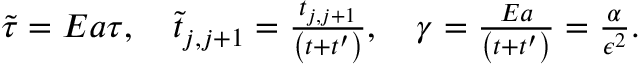
\begin{array} { r } { \tilde { \tau } = E a \tau , \quad \tilde { t } _ { j , j + 1 } = \frac { t _ { j , j + 1 } } { \left( t + t ^ { \prime } \right) } , \quad \gamma = \frac { E a } { \left( t + t ^ { \prime } \right) } = \frac { \alpha } { \epsilon ^ { 2 } } . } \end{array}